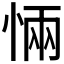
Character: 𭝏